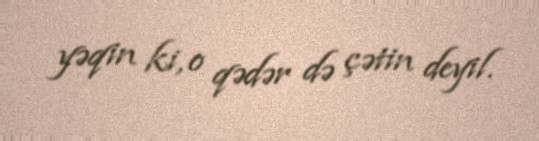
yəqin ki, o qədər də çətin deyil.